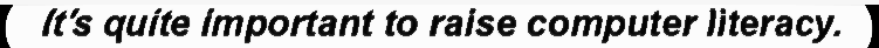
It's quite important to raise computer literacy.